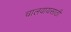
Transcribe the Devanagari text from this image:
चालवायसाठी